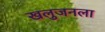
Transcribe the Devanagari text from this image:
खलुजनला